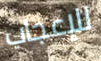
للإعجاب